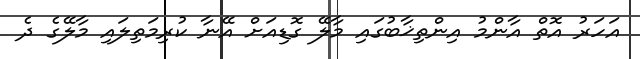
އަހަރު އޮތް އާންމު އިންތިޚާބުގައި މާލޭ ގޮޑިއަށް އޭނާ ކުރިމަތިލައި މާލޭގެ ދެ